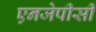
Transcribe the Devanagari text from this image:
एनजेपीसी